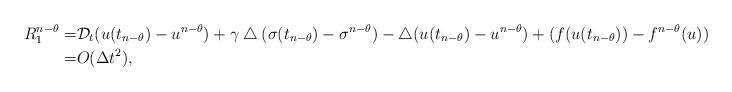
LaTeX: \begin{align*}R_1^{n-\theta}=&\mathcal{D}_t(u(t_{n-\theta})-u^{n-\theta})+\gamma\bigtriangleup (\sigma(t_{n-\theta})-\sigma^{n-\theta})-\bigtriangleup (u(t_{n-\theta})-u^{n-\theta})+(f(u(t_{n-\theta}))-f^{n-\theta}(u))\\=&O(\Delta t^2),\end{align*}